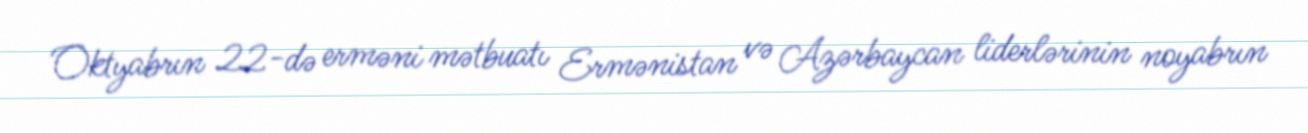
Oktyabrın 22-də erməni mətbuatı Ermənistan və Azərbaycan liderlərinin noyabrın